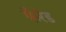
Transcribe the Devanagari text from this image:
फैरेड